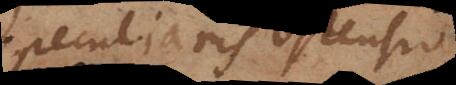
peculiaris ostensio,